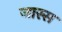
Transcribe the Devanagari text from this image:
जास्स